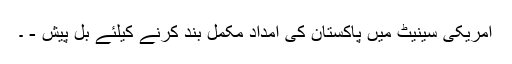
امریکی سینیٹ میں پاکستان کی امداد مکمل بند کرنے کیلئے بل پیش - ۔